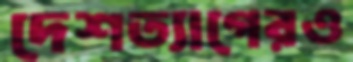
দেশত্যাগেরও